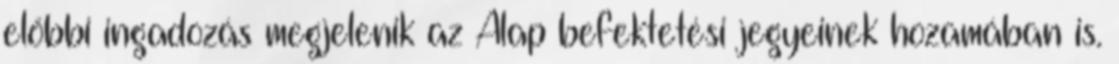
előbbi ingadozás megjelenik az Alap befektetési jegyeinek hozamában is.